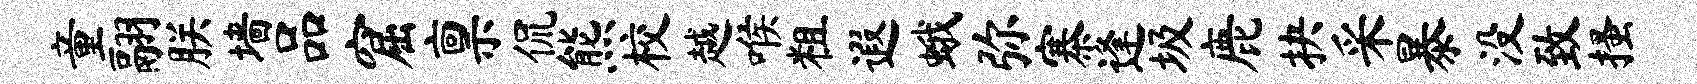
童翮朕墙品窟禀侃熊校越喉粗遐蛾弥寨逢圾鹿抉采暴没致搔